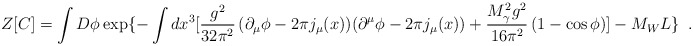
\begin{align*}Z[C]=\int D\phi\exp\{-\int dx^3 [\frac{g^2}{32 \pi^2} \, (\partial_\mu \phi-2\pi j_\mu(x)) (\partial^\mu \phi-2\pi j_\mu(x)) + \frac{M^2_\gamma g^2}{16 \pi^2} \, (1-\cos \phi)] -M_WL\}\,\,\, .\end{align*}